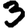
Digit: 3